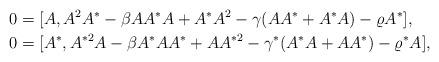
LaTeX: \begin{align*}0 &= [A, A^2A^* - \beta AA^*A + A^*A^2 - \gamma(AA^*+A^*A)-\varrho A^*], \\0 &= [A^*, A^{*2}A - \beta A^*AA^* + AA^{*2} - \gamma^*(A^*A+AA^*)-\varrho^* A],\end{align*}